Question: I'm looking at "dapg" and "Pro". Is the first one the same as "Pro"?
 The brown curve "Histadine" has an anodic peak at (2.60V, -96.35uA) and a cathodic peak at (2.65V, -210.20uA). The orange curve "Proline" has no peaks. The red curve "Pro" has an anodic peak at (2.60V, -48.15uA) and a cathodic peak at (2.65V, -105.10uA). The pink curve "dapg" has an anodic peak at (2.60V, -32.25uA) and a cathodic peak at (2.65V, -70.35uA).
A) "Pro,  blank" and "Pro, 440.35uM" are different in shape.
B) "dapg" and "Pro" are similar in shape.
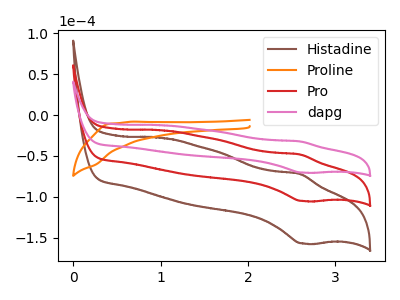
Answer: <think>All the peaks in "dapg" have a peak in "Pro" at the same potential.
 </think>
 <answer>B) "dapg" and "Pro" are similar in shape.</answer>
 <eval>B</eval>